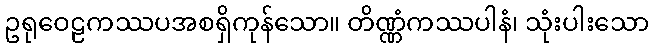
ဥရုဝေဠကဿပအစရှိကုန်သော။ တိဏ္ဏံကဿပါနံ၊ သုံးပါးသော